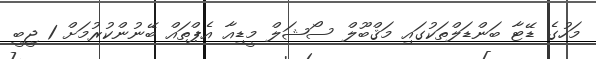
މަހުގެ ޑޭޓާ ބަންޑަލްތަކުގައި މަޤްބޫލް ސޯޝަލް މީޑިއާ އެޕްތައް ބޭނުންކުރުމަށް 1 ޖީބީ